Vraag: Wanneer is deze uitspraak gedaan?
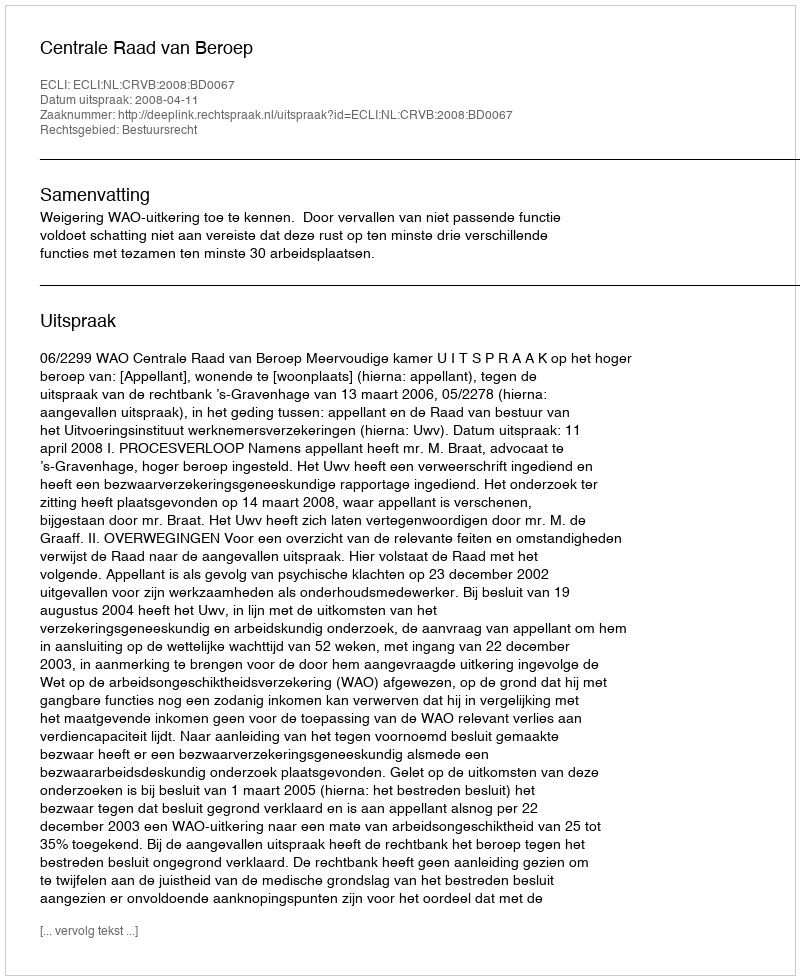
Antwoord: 2008-04-11